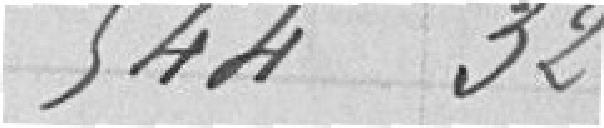
544,32